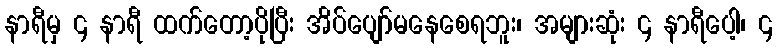
နာရီမှ ၄ နာရီ ထက်တော့ပိုပြီး အိပ်ပျော်မနေစေရဘူး၊ အများဆုံး ၄ နာရီပေါ့၊ ၄